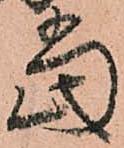
當